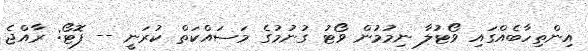
އިންތިހާބެއްގައި ވޯޓުލާ ނިމުމުން ވޯޓު ގުނުމުގެ މަސައްކަތް ކުރަނީ -- ފޮޓޯ: ރާއްޖެ